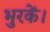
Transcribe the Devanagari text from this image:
भुरकें।